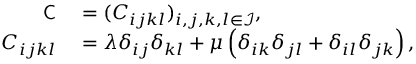
\begin{array} { r l } { \mathsf { C } } & { { } = ( C _ { i j k l } ) _ { i , j , k , l \in \mathcal { I } } , } \\ { C _ { i j k l } } & { { } = \lambda \delta _ { i j } \delta _ { k l } + \mu \left( \delta _ { i k } \delta _ { j l } + \delta _ { i l } \delta _ { j k } \right) , } \end{array}